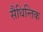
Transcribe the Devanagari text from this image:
सैधिन्तिक